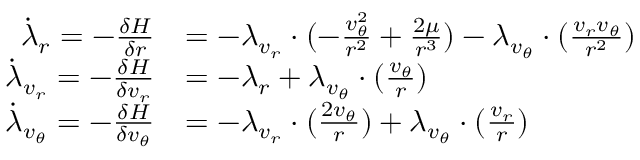
\begin{array} { r l } { \dot { \lambda } _ { r } = - \frac { \delta H } { \delta r } } & { = - \lambda _ { v _ { r } } \cdot ( - \frac { v _ { \theta } ^ { 2 } } { r ^ { 2 } } + \frac { 2 \mu } { r ^ { 3 } } ) - \lambda _ { v _ { \theta } } \cdot ( \frac { v _ { r } v _ { \theta } } { r ^ { 2 } } ) } \\ { \dot { \lambda } _ { v _ { r } } = - \frac { \delta H } { \delta v _ { r } } } & { = - \lambda _ { r } + \lambda _ { v _ { \theta } } \cdot ( \frac { v _ { \theta } } { r } ) } \\ { \dot { \lambda } _ { v _ { \theta } } = - \frac { \delta H } { \delta v _ { \theta } } } & { = - \lambda _ { v _ { r } } \cdot ( \frac { 2 v _ { \theta } } { r } ) + \lambda _ { v _ { \theta } } \cdot ( \frac { v _ { r } } { r } ) } \end{array}